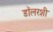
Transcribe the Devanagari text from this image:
डॉलरशी